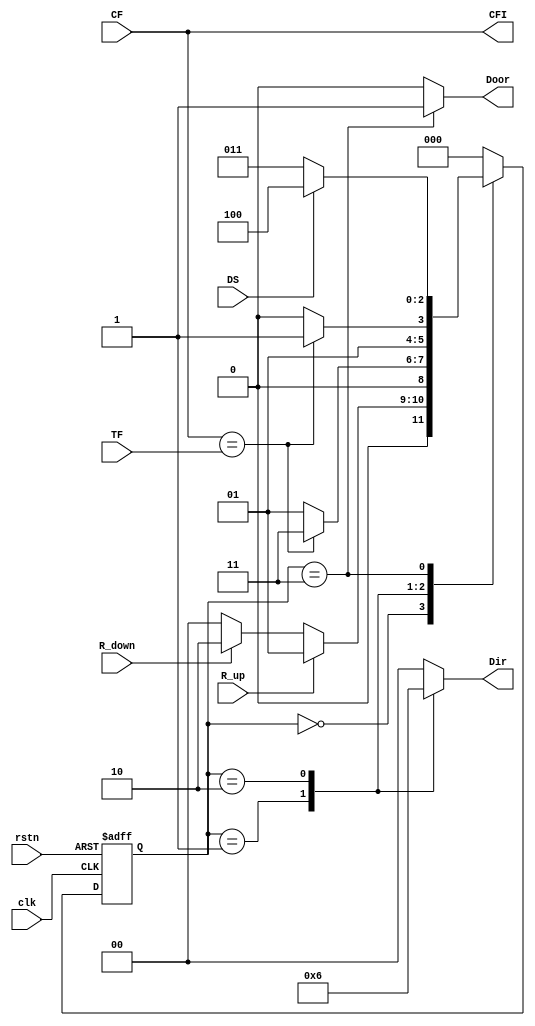
module elevator_control(
    input wire clk,              // Clock signal
    input wire rstn,            // Active low reset
    input wire R_up,            // Request Up signal
    input wire R_down,          // Request Down signal
    input wire [2:0] CF,        // Current Floor (3-bit to represent up to 8 floors)
    input wire [2:0] TF,        // Target Floor (3-bit)
    input wire DS,              // Door Sensor (1 = Open, 0 = Closed)
    output reg [1:0] Dir,       // Elevator Direction (00 = Stationary, 01 = Up, 10 = Down)
    output reg Door,            // Door Control (1 = Open, 0 = Close)
    output reg [2:0] CFI        // Current Floor Indicator
);

// State encoding
localparam S0 = 3'b000; // Idle State
localparam S1 = 3'b001; // Moving Up State
localparam S2 = 3'b010; // Moving Down State
localparam S3 = 3'b011; // Door Open State
localparam S4 = 3'b100; // Door Close State

reg [2:0] current_state, next_state;

// State transition logic
always @(posedge clk or negedge rstn) begin
    if (!rstn) begin
        current_state <= S0; // Reset to Idle state
    end else begin
        current_state <= next_state; // Move to the next state
    end
end

// Next state logic
always @(*) begin
    case (current_state)
        S0: begin // Idle State
            if (R_up) 
                next_state = S1; // Move up
            else if (R_down)
                next_state = S2; // Move down
            else
                next_state = S0; // Stay in Idle
        end
        
        S1: begin // Moving Up State
            if (CF == TF)
                next_state = S3; // Open door
            else
                next_state = S1; // Stay moving up
        end

        S2: begin // Moving Down State
            if (CF == TF)
                next_state = S3; // Open door
            else
                next_state = S2; // Stay moving down
        end

        S3: begin // Door Open State
            if (DS) // If doors are open
                next_state = S4; // Transition to Close Door
            else
                next_state = S3; // Stay with doors open
        end

        S4: begin // Door Close State
            next_state = S0; // Return to Idle after closing doors
        end
        
        default: 
            next_state = S0; // Default to Idle state
    endcase
end

// Output logic based on current state (Moore outputs)
always @(*) begin
    // Default outputs
    Dir = 2'b00; // Stationary
    Door = 0; // Closed
    CFI = CF; // Current Floor Indicator

    case (current_state)
        S0: begin // Idle State
            Dir = 2'b00; // No movement
        end
        
        S1: begin // Moving Up State
            Dir = 2'b01; // Move up
        end

        S2: begin // Moving Down State
            Dir = 2'b10; // Move down
        end

        S3: begin // Door Open State
            Door = 1; // Open doors
        end

        S4: begin // Door Close State
            Door = 0; // Close doors
        end

        default: begin
            Dir = 2'b00; // Safety default
        end
    endcase
end

endmodule